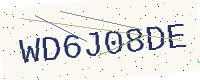
Text: WD6J08DE